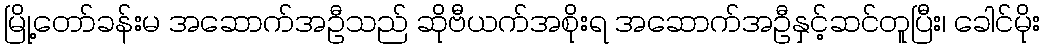
မြို့တော်ခန်းမ အဆောက်အဦသည် ဆိုဗီယက်အစိုးရ အဆောက်အဦနှင့်ဆင်တူပြီး၊ ခေါင်မိုး